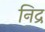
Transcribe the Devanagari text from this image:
निद्र